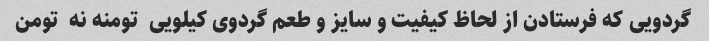
گردویی که فرستادن از لحاظ کیفیت و سایز و طعم گردوی کیلویی  تومنه نه  تومن